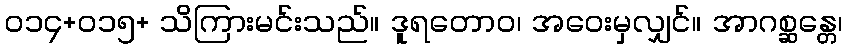
၀၁၄+၀၁၅+ သိကြားမင်းသည်။ ဒူရတောဝ၊ အဝေးမှလျှင်။ အာဂစ္ဆန္တေ၊